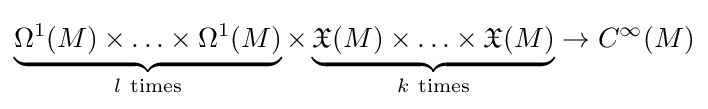
\underbrace {\Omega ^{1}(M)\times \ldots \times \Omega ^{1}(M)} _{l\ \mathrm {times} }\times \underbrace {{\mathfrak {X}}(M)\times \ldots \times {\mathfrak {X}}(M)} _{k\ \mathrm {times} }\to C^{\infty }(M)